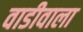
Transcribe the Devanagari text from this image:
वाडीवाला